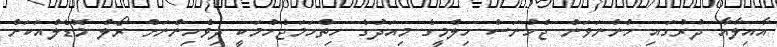
އާއިލާއާ ދުރުގައި ހުންނަވަން ޖެހުނަސް ހިލްމީގެ މިއަދުގެ ހިތްހަމަޖެހުމަކީ ދިވެހިންނަށް ރޯލް މޮޑެލްއަކަށް